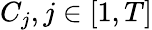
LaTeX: C_{j},j\in[1,T]